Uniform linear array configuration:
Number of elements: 32
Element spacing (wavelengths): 0.5
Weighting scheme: exponential
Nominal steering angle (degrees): -45
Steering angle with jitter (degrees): -45.226
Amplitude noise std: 0.05
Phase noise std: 0.05

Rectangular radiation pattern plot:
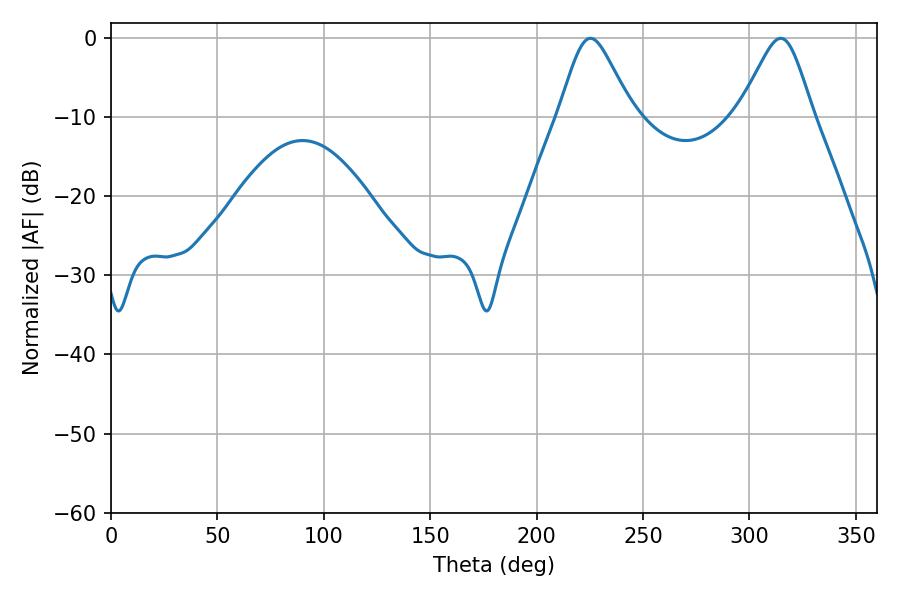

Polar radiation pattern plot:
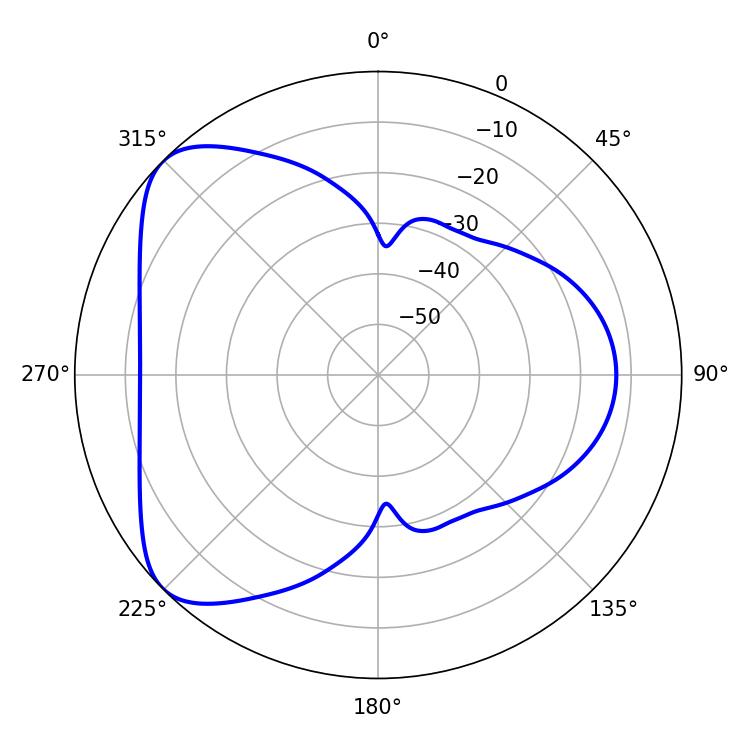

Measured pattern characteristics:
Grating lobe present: FALSE
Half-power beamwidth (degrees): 16.74
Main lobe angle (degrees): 225.36